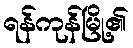
ရန်ကုန်မြို့၏